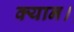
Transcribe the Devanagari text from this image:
क्यान।